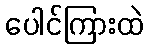
ပေါင်ကြားထဲ